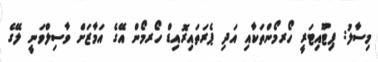
މިސާލު: ޕިޓޫއިޓަރީ ހޯރމޯންތަކާއި އަދި ޕެރަތައިރޮއިޑް ހޯރމޯން އޭގެ އަމާޒަށް ވާސިލްވަނީ ލޭގެ